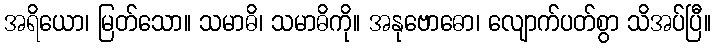
အရိယော၊ မြတ်သော။ သမာဓိ၊ သမာဓိကို။ အနုဗောဓော၊ လျောက်ပတ်စွာ သိအပ်ပြီ။